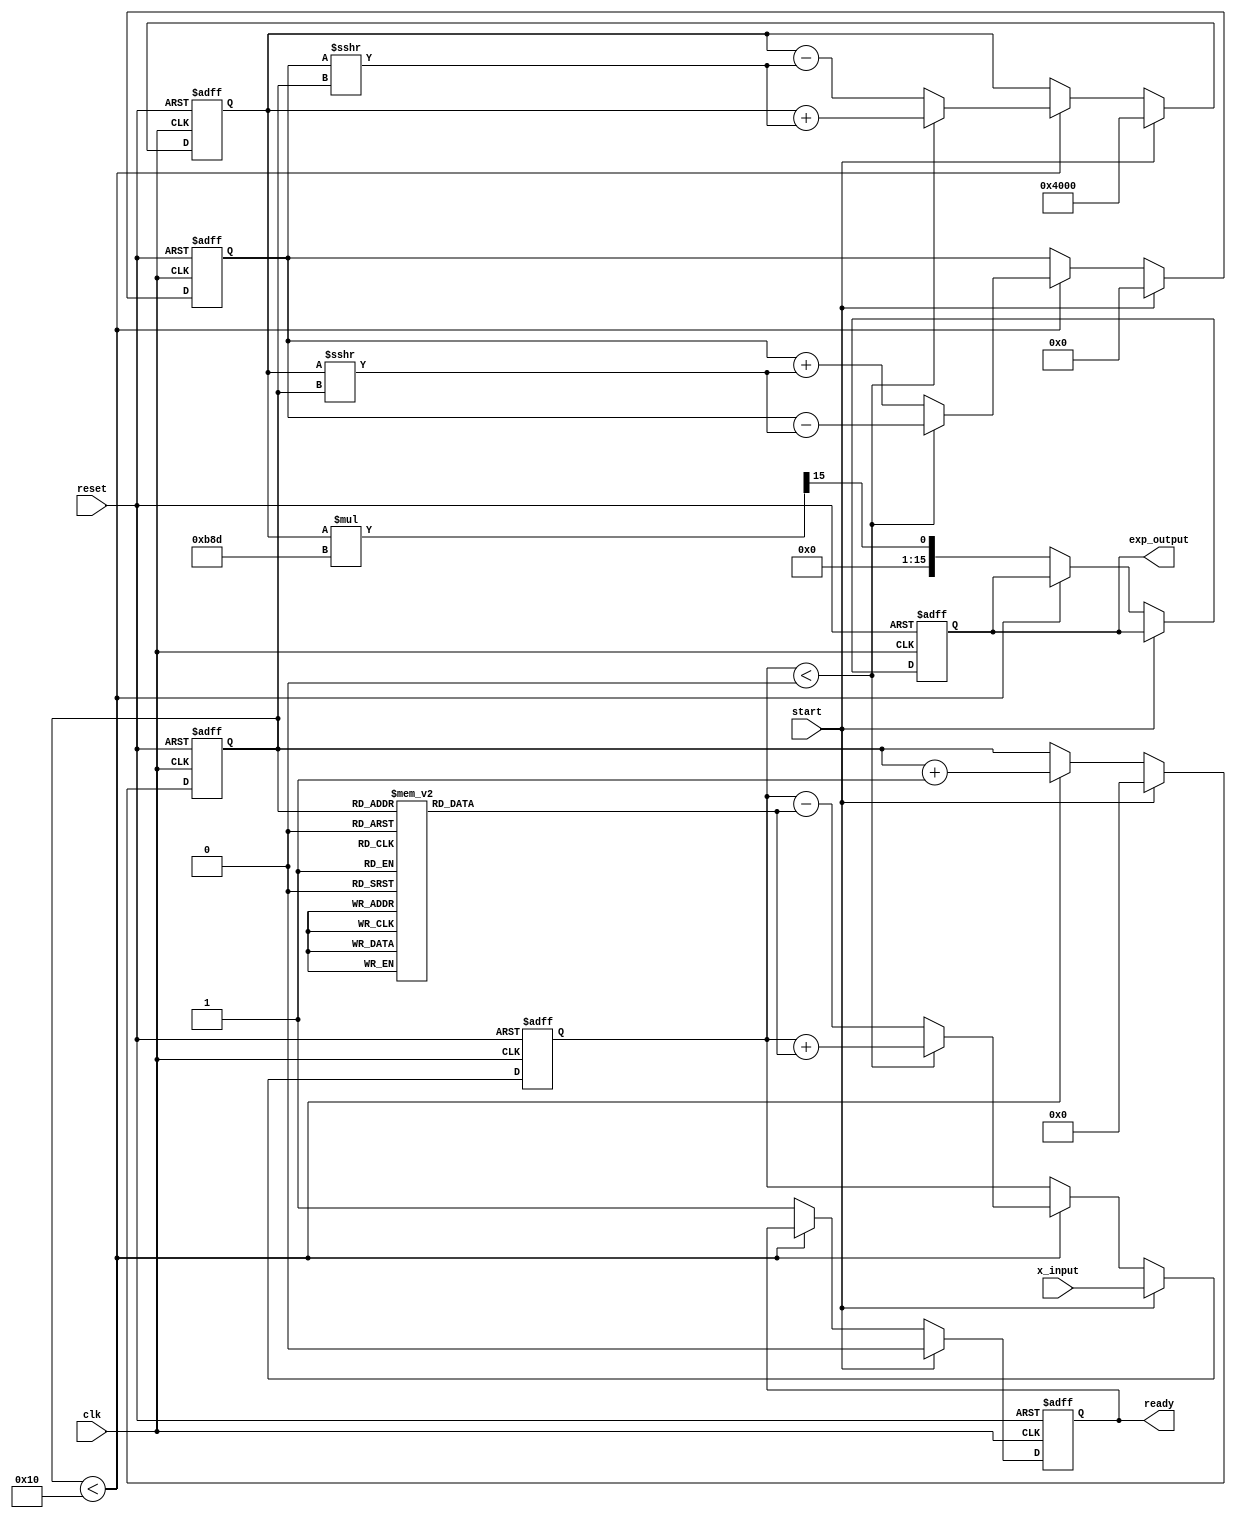
module cordic_exponential (
    input wire clk,
    input wire reset,
    input wire start,
    input wire [15:0] x_input, // Fixed-point representation of input x
    output reg [15:0] exp_output, // Fixed-point representation of output e^x
    output reg ready // Signal to indicate output is valid
);

// Parameters
parameter NUM_ITERATIONS = 16; // Number of CORDIC iterations
parameter FIXED_POINT_FRACTIONAL_BITS = 15; // Fixed-point fractional bits
parameter CORDIC_GAIN = 16'hB8D; // Scaling factor (approx. 0.607)

reg [15:0] x; // x coordinate
reg [15:0] y; // y coordinate
reg [15:0] z; // angle (input x)
reg [3:0] iteration_count; // iteration counter
reg [15:0] angle_table [0:NUM_ITERATIONS-1]; // angle lookup table

// Initialize angle lookup table
initial begin
    angle_table[0] = 16'h3FFF; // atan(1) in fixed-point
    angle_table[1] = 16'h1FF7; // atan(0.5) in fixed-point
    angle_table[2] = 16'h0FFC; // atan(0.25) in fixed-point
    // ... Fill in the remaining angle values
    angle_table[NUM_ITERATIONS-1] = 16'h0000; // atan(0) = 0
end

// State machine for CORDIC operation
always @(posedge clk or posedge reset) begin
    if (reset) begin
        x <= 16'h0000;
        y <= 16'h0000;
        z <= 16'h0000;
        iteration_count <= 4'b0000;
        ready <= 1'b0;
        exp_output <= 16'h0000;
    end else if (start) begin
        // Initialize values
        x <= 16'h4000; // Start with 1.0 (fixed-point representation)
        y <= 16'h0000; // Start with 0.0
        z <= x_input; // Load input value
        iteration_count <= 4'b0000;
        ready <= 1'b0;
    end else if (iteration_count < NUM_ITERATIONS) begin
        // CORDIC iterations
        if (z < 0) begin
            // Rotate in the negative direction
            x <= x + (y >>> iteration_count);
            y <= y - (x >>> iteration_count);
            z <= z + angle_table[iteration_count];
        end else begin
            // Rotate in the positive direction
            x <= x - (y >>> iteration_count);
            y <= y + (x >>> iteration_count);
            z <= z - angle_table[iteration_count];
        end
        iteration_count <= iteration_count + 1;
    end else begin
        // Final output calculation
        exp_output <= (x * CORDIC_GAIN) >>> FIXED_POINT_FRACTIONAL_BITS; // Scaling
        ready <= 1'b1; // Indicate output is ready
    end
end

endmodule